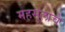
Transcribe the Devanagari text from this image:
महसूलाचे